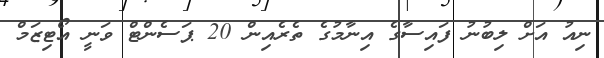
ނިއު އަށް ލިބުނު ފައިސާގެ އިނާމުގެ ތެރެއިން 20 ޕަސެންޓް ވަނީ އޯޓިޒަމް